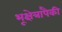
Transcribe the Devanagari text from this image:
भूक्षेत्रापैकी